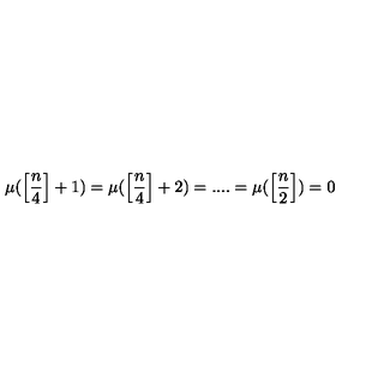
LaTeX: \mu ( \left[ \frac { n } { 4 } \right] + 1 ) = \mu ( \left[ \frac { n } { 4 } \right] + 2 ) = . . . . = \mu ( \left[ \frac { n } { 2 } \right] ) = 0